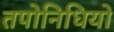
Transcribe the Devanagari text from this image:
तपोनिधियों